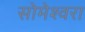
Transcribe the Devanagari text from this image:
सोमेश्वरा